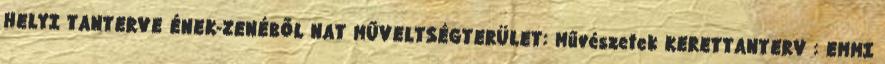
HELYI TANTERVE ÉNEK-ZENÉBŐL NAT MŰVELTSÉGTERÜLET: Művészetek KERETTANTERV : EMMI